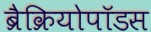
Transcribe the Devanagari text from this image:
ब्रैक्रियोपॉडस